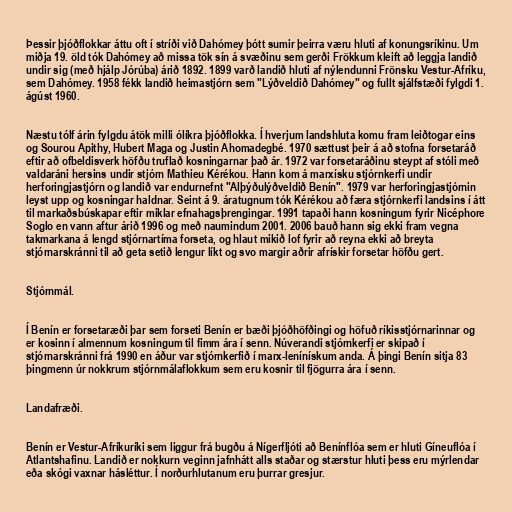
Þessir þjóðflokkar áttu oft í stríði við Dahómey þótt sumir þeirra væru hluti af konungsríkinu. Um
miðja 19. öld tók Dahómey að missa tök sín á svæðinu sem gerði Frökkum kleift að leggja landið
undir sig (með hjálp Jórúba) árið 1892. 1899 varð landið hluti af nýlendunni Frönsku Vestur-Afríku,
sem Dahómey. 1958 fékk landið heimastjórn sem "Lýðveldið Dahómey" og fullt sjálfstæði fylgdi 1.
ágúst 1960.

Næstu tólf árin fylgdu átök milli ólíkra þjóðflokka. Í hverjum landshluta komu fram leiðtogar eins
og Sourou Apithy, Hubert Maga og Justin Ahomadegbé. 1970 sættust þeir á að stofna forsetaráð
eftir að ofbeldisverk höfðu truflað kosningarnar það ár. 1972 var forsetaráðinu steypt af stóli með
valdaráni hersins undir stjórn Mathieu Kérékou. Hann kom á marxísku stjórnkerfi undir
herforingjastjórn og landið var endurnefnt "Alþýðulýðveldið Benín". 1979 var herforingjastjórnin
leyst upp og kosningar haldnar. Seint á 9. áratugnum tók Kérékou að færa stjórnkerfi landsins í átt
til markaðsbúskapar eftir miklar efnahagsþrengingar. 1991 tapaði hann kosningum fyrir Nicéphore
Soglo en vann aftur árið 1996 og með naumindum 2001. 2006 bauð hann sig ekki fram vegna
takmarkana á lengd stjórnartíma forseta, og hlaut mikið lof fyrir að reyna ekki að breyta
stjórnarskránni til að geta setið lengur líkt og svo margir aðrir afrískir forsetar höfðu gert.

Stjórnmál.

Í Benín er forsetaræði þar sem forseti Benín er bæði þjóðhöfðingi og höfuð ríkisstjórnarinnar og
er kosinn í almennum kosningum til fimm ára í senn. Núverandi stjórnkerfi er skipað í
stjórnarskránni frá 1990 en áður var stjórnkerfið í marx-lenínískum anda. Á þingi Benín sitja 83
þingmenn úr nokkrum stjórnmálaflokkum sem eru kosnir til fjögurra ára í senn.

Landafræði.

Benín er Vestur-Afríkuríki sem liggur frá bugðu á Nígerfljóti að Benínflóa sem er hluti Gíneuflóa í
Atlantshafinu. Landið er nokkurn veginn jafnhátt alls staðar og stærstur hluti þess eru mýrlendar
eða skógi vaxnar hásléttur. Í norðurhlutanum eru þurrar gresjur.